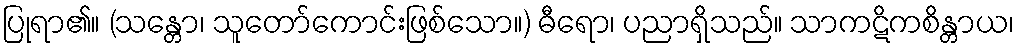
ပြုရာ၏။ (သန္တော၊ သူတော်ကောင်းဖြစ်သော။) ဓီရော၊ ပညာရှိသည်။ သာကဋိကစိန္တာယ၊